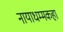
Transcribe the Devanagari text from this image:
नायाधम्मकहा